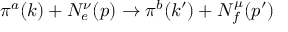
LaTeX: \pi ^ { a } ( k ) + N _ { e } ^ { \nu } ( p ) \rightarrow \pi ^ { b } ( k ^ { \prime } ) + N _ { f } ^ { \mu } ( p ^ { \prime } )